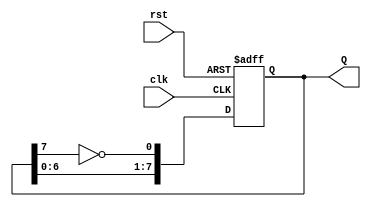
module johnson_counter (
    input wire clk,      // Clock signal
    input wire rst,      // Asynchronous reset signal
    output reg [7:0] Q   // 8-bit output representing the current state
);

// Always block triggered on the rising edge of the clock or the reset signal
always @(posedge clk or posedge rst) begin
    if (rst) begin
        Q <= 8'b00000000; // Reset the counter to 0
    end else begin
        // Johnson counter logic
        Q <= {Q[6:0], ~Q[7]}; // Shift left and feed back the inverted last bit
    end
end

endmodule